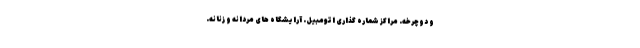
و دوچرخه. مراکز شماره گذاری اتومبیل. آرایشگاه های مردانه و زنانه.